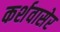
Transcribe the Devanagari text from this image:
कर्शवासेर